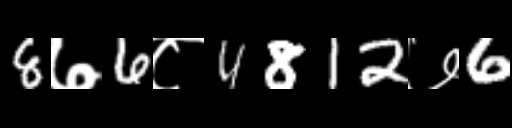
Text: 8७6८4812७6